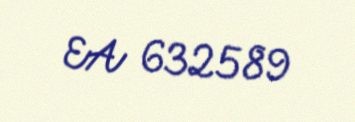
EA 632589